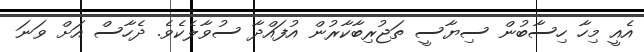
އެއީ މިހާ ހިސާބުން ސިޔާސީ ތަޖުރިބާކާރުން އުފައްދާ ސުވާލެކެވެ. ދެހާސް އަށް ވަނަ